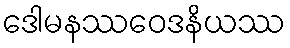
ဒေါမနဿဝေဒနိယဿ